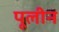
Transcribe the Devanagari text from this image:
पूलीन